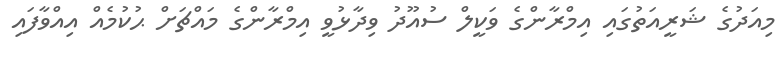
މިއަދުގެ ޝަރީއަތުގައި އިމްރާންގެ ވަކީލް ސުއޫދު ވިދާޅުވީ އިމްރާންގެ މައްޗަށް ޙުކުމެއް އިއްވާފައި